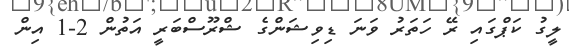
ލީގު ކަޕްގައި ރޭ ހަތަރު ވަނަ ޑިވިޝަންގެ ޝްރޫސްބަރީ އަތުން 2-1 އިން